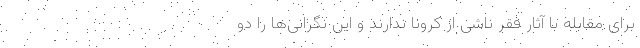
برای مقابله با آثار فقر ناشی از کرونا ندارند و این نگرانی‌ها را دو